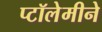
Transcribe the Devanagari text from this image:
प्टॉलेमीने